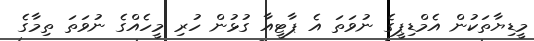
މީޑިޔާތަކުން އެމްޑިޕީގެ ނުވަތަ އެ ޕާޓީއާ ގުޅުން ހުރި މީހެއްގެ ނުވަތަ ތިމާގެ